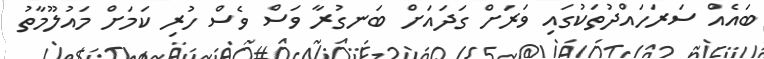
ބައެއް ސަރަހައްދުތަކުގައި ވަރަށް ގަދައަށް ބަނގުރާ ވަސް ވެސް ހުރި ކަމަށް މައުލޫމާތު